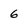
Character: 6